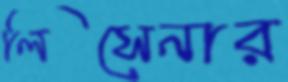
লিসেনার